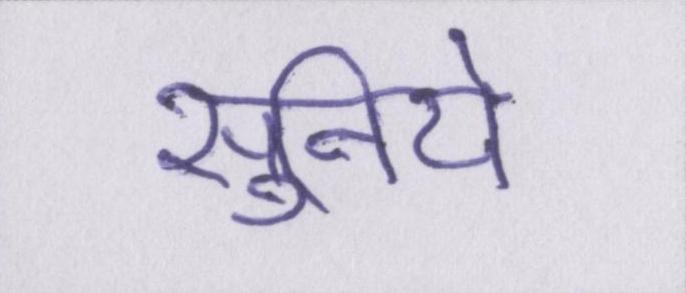
सुनिये